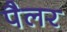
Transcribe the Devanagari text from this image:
पैलर